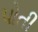
પોતી